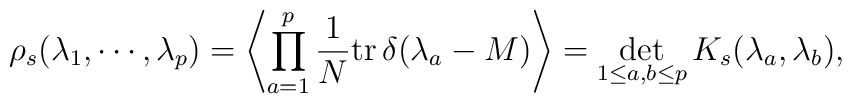
\rho_s(\lambda_1,\cdots,\lambda_p)=\left\langle \prod_{a=1}^p \frac{1}{N} {\rm tr}\, \delta (\lambda_a-M)\right\rangle=\det_{1\leq a,b \leq p} K_s(\lambda_a,\lambda_b),